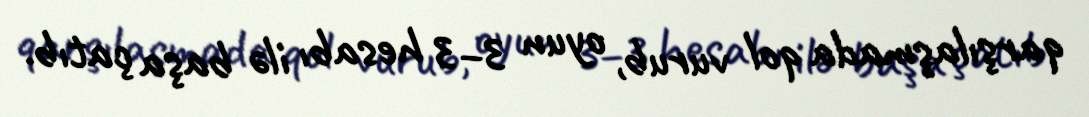
qarşılaşmada qol vurub, oyun 3–3 hesabı ilə başa çatıb.